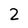
Character: 2